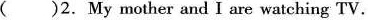
()2.My mother and I are watching TV.